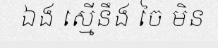
ឯង ស្មើនឹង ចៃ មិន